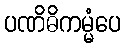
ပဏိဓိကမ္မံပေ